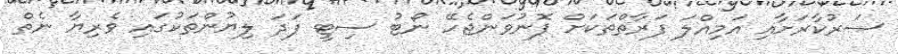
ސަރުކާރަށާއި އަމިއްލަ ފަރާތްތަކަށް ފޮނުވަންޖެހޭ ނޯޓު ސިޓީ ފަދަ ލިޔުންތަކުގައި ވެރިޔާ ނެތް